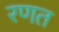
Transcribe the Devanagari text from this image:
रणत